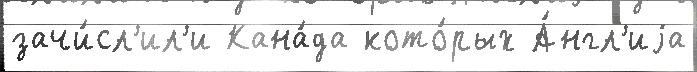
зачи́сл'ил'и Кана́да кото́рых А́нгл'иjа